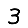
Digit: 3